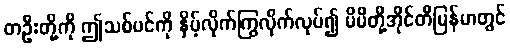
တဦးတို့ကို ဤသစ်ပင်ကို နှိမ့်လိုက်ကြွလိုက်လုပ်၍ မိမိတို့အိုင်တီမြန်မာတွင်